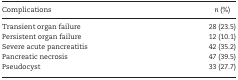
<table><thead><tr><td><b>Complications</b></td><td><b><i>n</i> (%)</b></td></tr></thead><tbody><tr><td>Transient organ failure</td><td>28 (23.5)</td></tr><tr><td>Persistent organ failure</td><td>12 (10.1)</td></tr><tr><td>Severe acute pancreatitis</td><td>42 (35.2)</td></tr><tr><td>Pancreatic necrosis</td><td>47 (39.5)</td></tr><tr><td>Pseudocyst</td><td>33 (27.7)</td></tr></tbody></table>